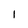
Character: 1